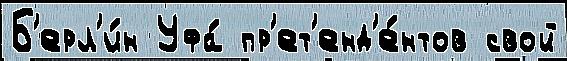
Б'ерл'и́н Уфа́ пр'ет'енд'е́нтов свой